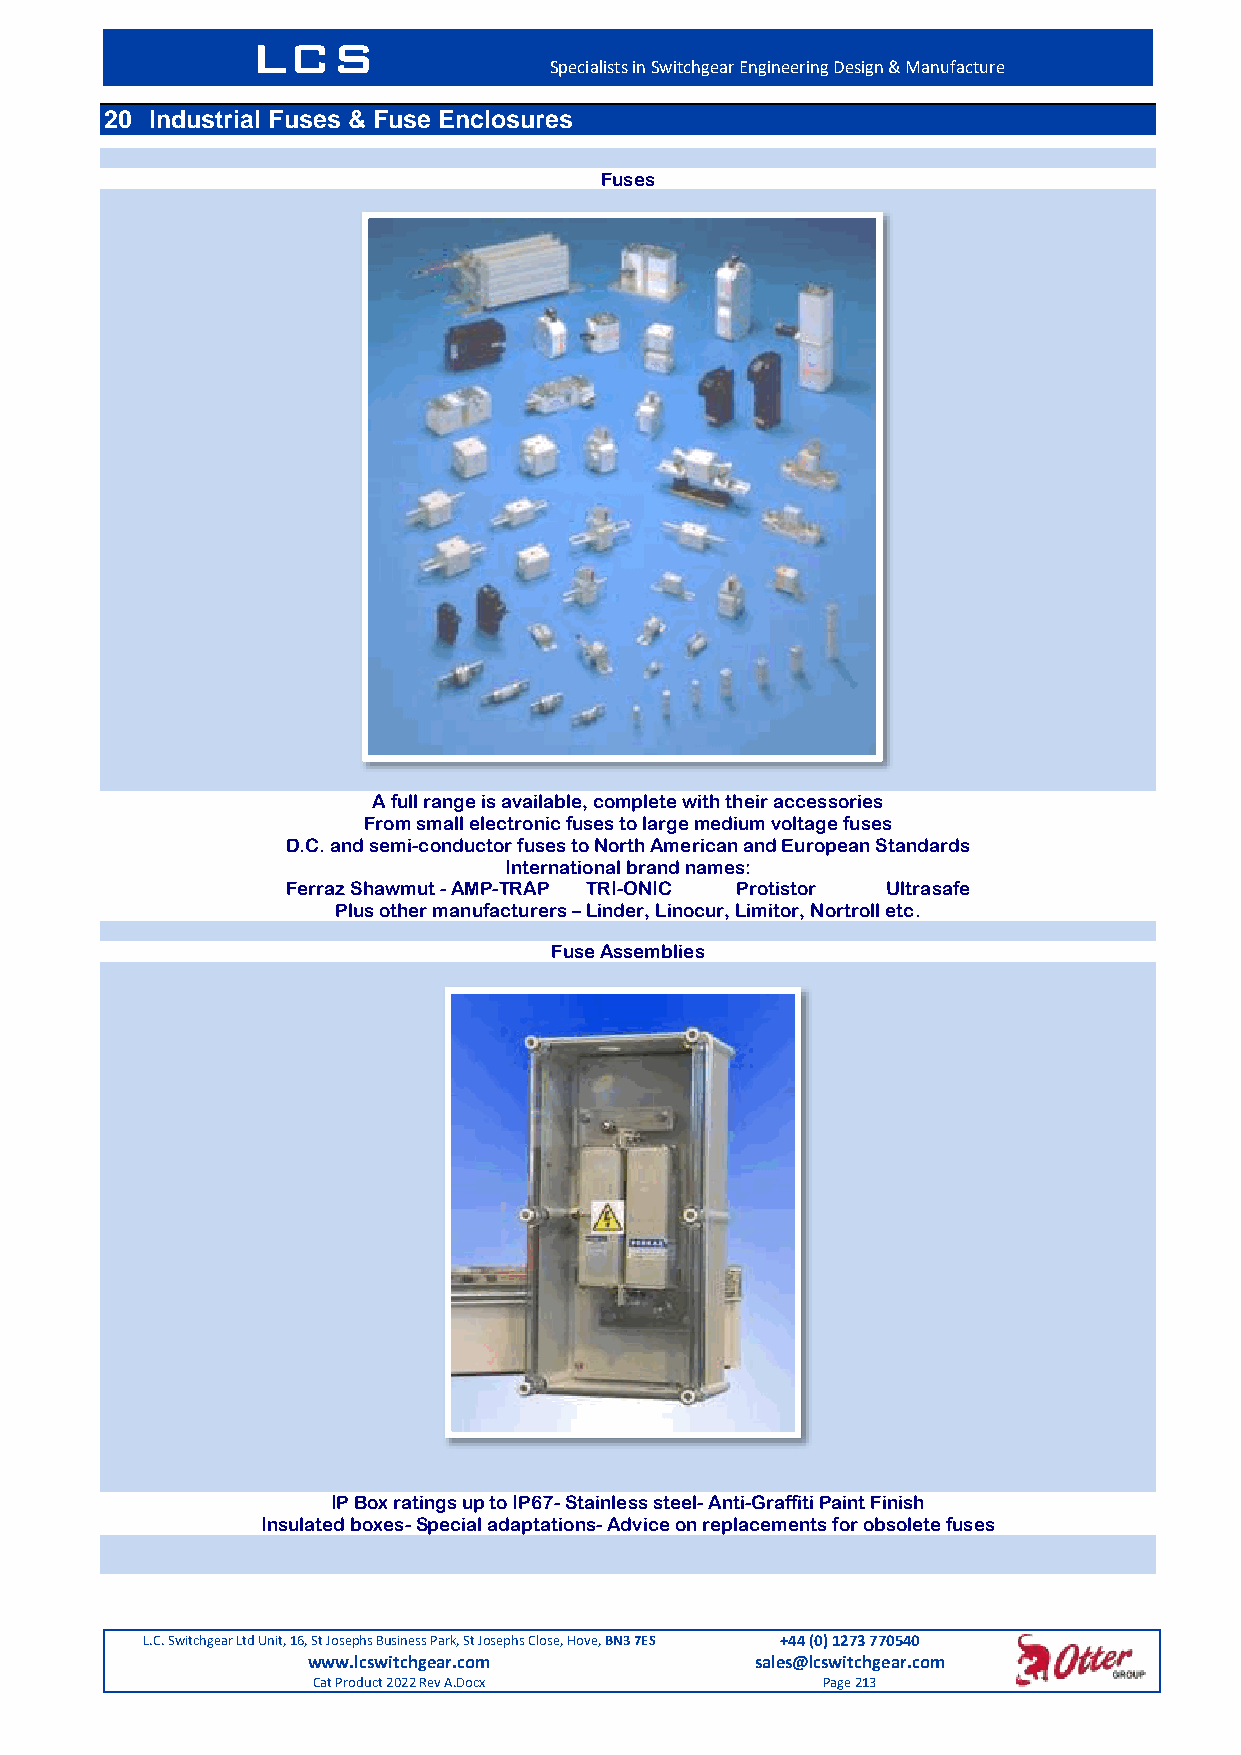
LCS
 Specialists in Switchgear Engineering Design & Manufacture
 20 Industrial Fuses & Fuse Enclosures
 Fuses
 A full range is available, complete with their accessories
 From small electronic fuses to large medium voltage fuses
 D.C. and semi-conductor fuses to North American and European Standards
 International brand names:
 Ferraz Shawmut - AMP-TRAP TRI-ONIC Protistor Ultrasafe
 Plus other manufacturers – Linder, Linocur, Limitor, Nortroll etc.
 Fuse Assemblies
 IP Box ratings up to IP67- Stainless steel- Anti-Graffiti Paint Finish
 Insulated boxes- Special adaptations- Advice on replacements for obsolete fuses
 L.C. Switchgear Ltd Unit, 16, St Josephs Business Park, St Josephs Close, Hove, BN3 7ES +44 (0) 1273 770540
 www.lcswitchgear.com          sales@lcswitchgear.com
 Cat Product 2022 Rev A.Docx      Page 213